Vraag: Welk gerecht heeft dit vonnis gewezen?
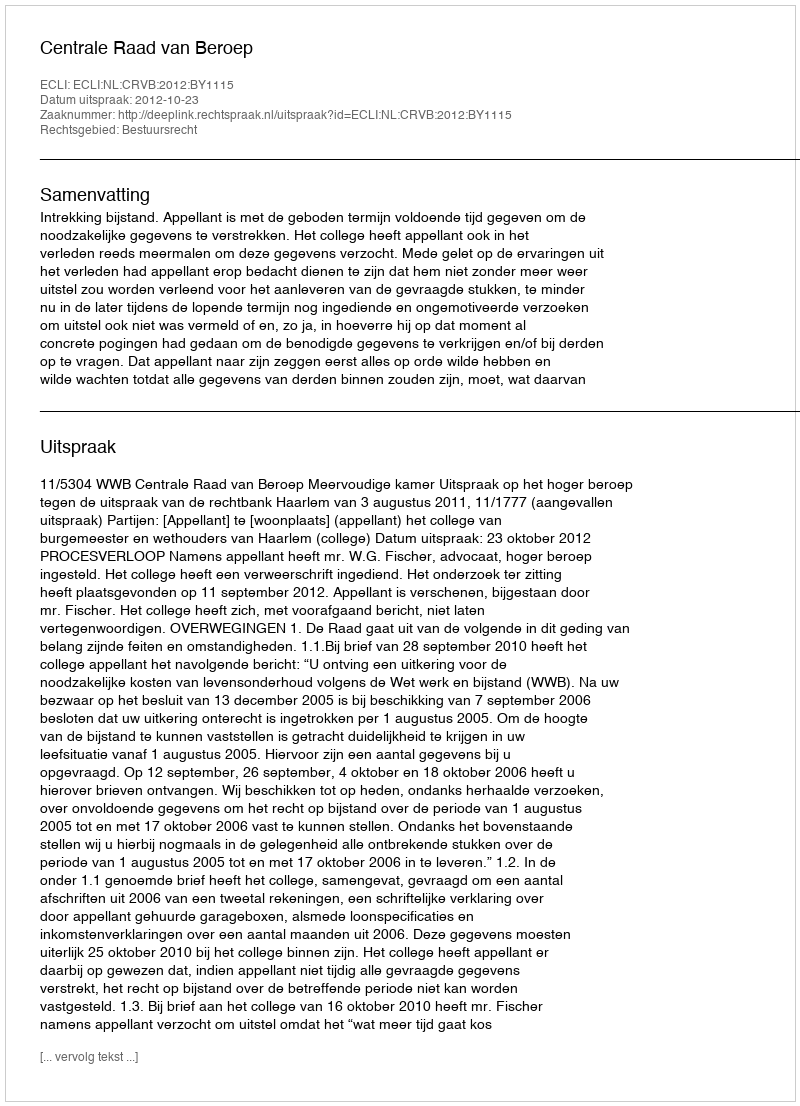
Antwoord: Centrale Raad van Beroep